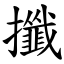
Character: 攕